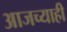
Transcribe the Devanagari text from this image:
आजच्याही